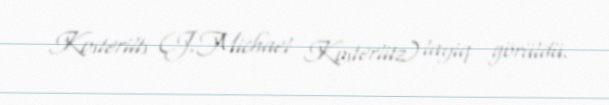
Kosterilts (J.Michael Kosterlitz) layiq görüldü.